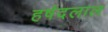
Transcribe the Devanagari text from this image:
हर्षदलाल